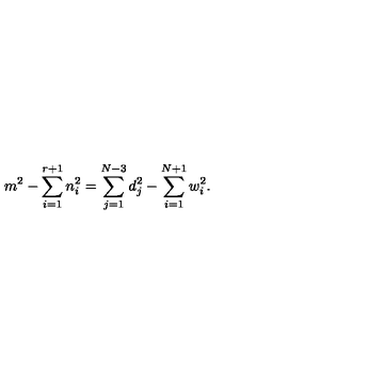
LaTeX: m ^ { 2 } - \sum _ { i = 1 } ^ { r + 1 } n _ { i } ^ { 2 } = \sum _ { j = 1 } ^ { N - 3 } d _ { j } ^ { 2 } - \sum _ { i = 1 } ^ { N + 1 } w _ { i } ^ { 2 } .